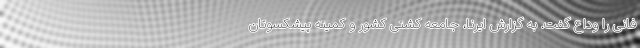
فانی را وداع گفت. به گزارش ایرنا، جامعه کشتی کشور و کمیته پیشکسوتان